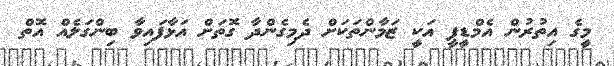
މީގެ އިތުރުން އެމްޑީޕީ އަކީ ޒަމާންތަކަށް ދެމިގެންދާ ގޮތަށް އަޅާފައިވާ ބިންގަލެއް އޮތް